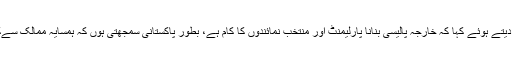
البتہ مریم نواز نے جواب دیتے ہوئے کہا کہ خارجہ پالیسی بنانا پارلیمنٹ اور منتخب نمائندوں کا کام ہے، بطور پاکستانی سمجھتی ہوں کہ ہمسایہ ممالک سےکشیدگی نہیں ہونی چاہیے۔